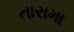
તારામા